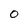
Character: 0